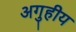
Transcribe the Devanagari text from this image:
अगुहीय